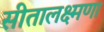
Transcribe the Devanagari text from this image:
सीतालक्ष्मणा